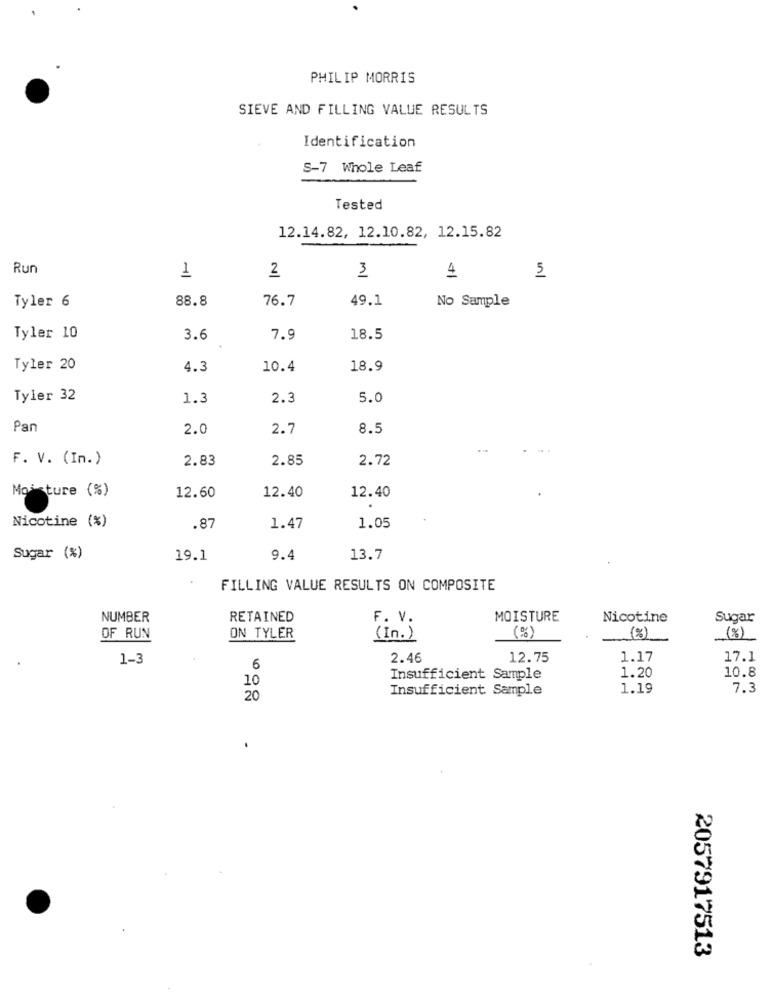
PHILIP MORRIS
SIEVE AND FILLING VALUE RESULTS
Identification
S-7 Whole Leaf
Tested
12.14.82, 12.10.82, 12.15.82
Run
3
1
2
4
5
88.8
76.7
49.1
Tyler 6
No Sample
Tyler 10
3.6
7.9
18.5
Tyler 20
4.3
10.4
18.9
Tyler 32
1.3
2.3
5.0
Pan
2.0
2.7
8.5
F. V. (In.)
2.83
2.85
2.72
Moisture (%)
12.60
12.40
12.40
Nicotine (%)
.87
1.47
1.05
Sugar (%)
19.1
9.4
13.7
FILLING VALUE RESULTS ON COMPOSITE
NUMBER
RETAINED
F. V.
MOISTURE
Nicotine
Sugar
OF RUN
ON TYLER
(In.)
(%)
(%)
(%)
1-3
2.46
12.75
1.17
17.1
6
1.20
10.8
10
Insufficient Sample
Insufficient Sample
1.19
7.3
20
2057917513